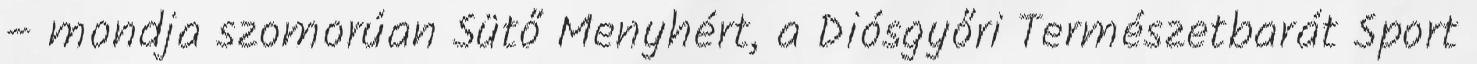
– mondja szomorúan Sütő Menyhért, a Diósgyőri Természetbarát Sport